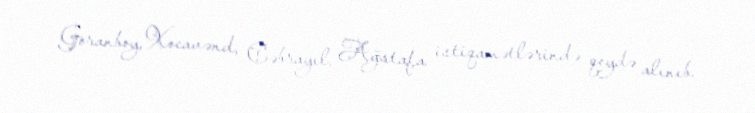
Goranboy, Xocavənd, Cəbrayıl, Ağstafa istiqamətlərində qeydə alınıb.